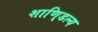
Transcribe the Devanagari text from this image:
शाणि्डल्य